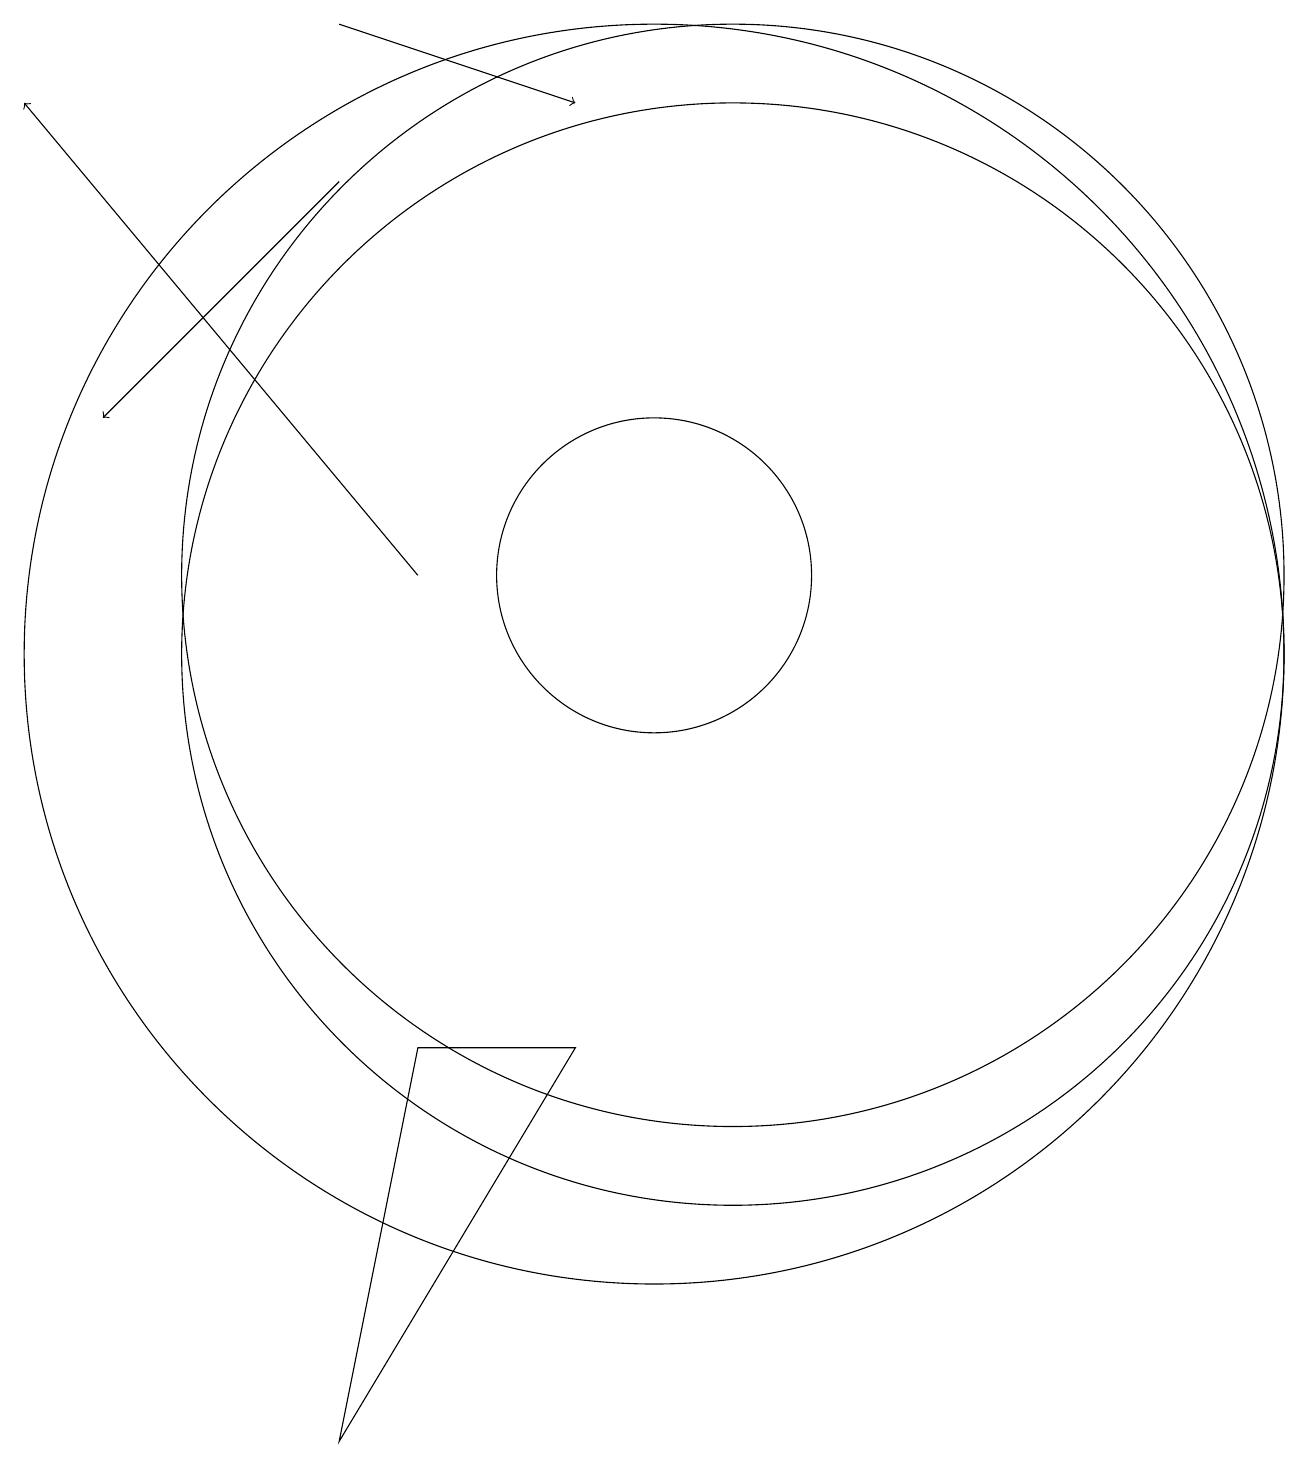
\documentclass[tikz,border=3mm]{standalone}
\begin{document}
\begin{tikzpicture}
\draw (10,11) circle (2);
\draw (11,11) circle (7);
\draw (10,10) circle (8);
\draw (11,10) circle (7);
\draw[->] (7,11) -- (2,17);
\draw[->] (6,18) -- (9,17);
\draw[->] (6,16) -- (3,13);
\draw (6,0) -- (9,5) -- (7,5) -- cycle;
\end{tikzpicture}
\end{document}